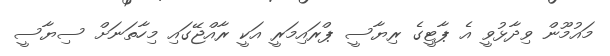
މައުމޫން ވިދާޅުވީ އެ ޕާޓީގެ ރިޔާސީ ޕްރައިމަރީ އަކީ ރާއްޖޭގައި މިހާތަނަށް ސިޔާސީ